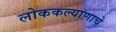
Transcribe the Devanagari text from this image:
लोककल्याणाचे